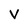
Character: V